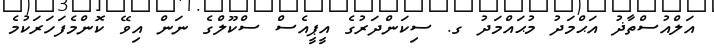
އަލްއުސްތާޛު އަޙްމަދު މުޙައްމަދު ގ. ސިކަންދަރުގެ އީޕީއެސް ސްކޫލްގެ ނަން އިވޭ ކޮންމެފަހަރަކުމެ